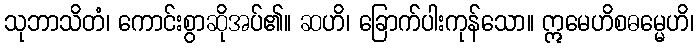
သုဘာသိတံ၊ ကောင်းစွာဆိုအပ်၏။ ဆဟိ၊ ခြောက်ပါးကုန်သော။ ဣမေဟိစဓမ္မေဟိ၊